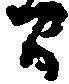
間